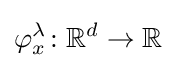
\varphi _{x}^{\lambda }\colon \mathbb {R} ^{d}\to \mathbb {R}